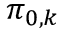
\pi _ { 0 , k }